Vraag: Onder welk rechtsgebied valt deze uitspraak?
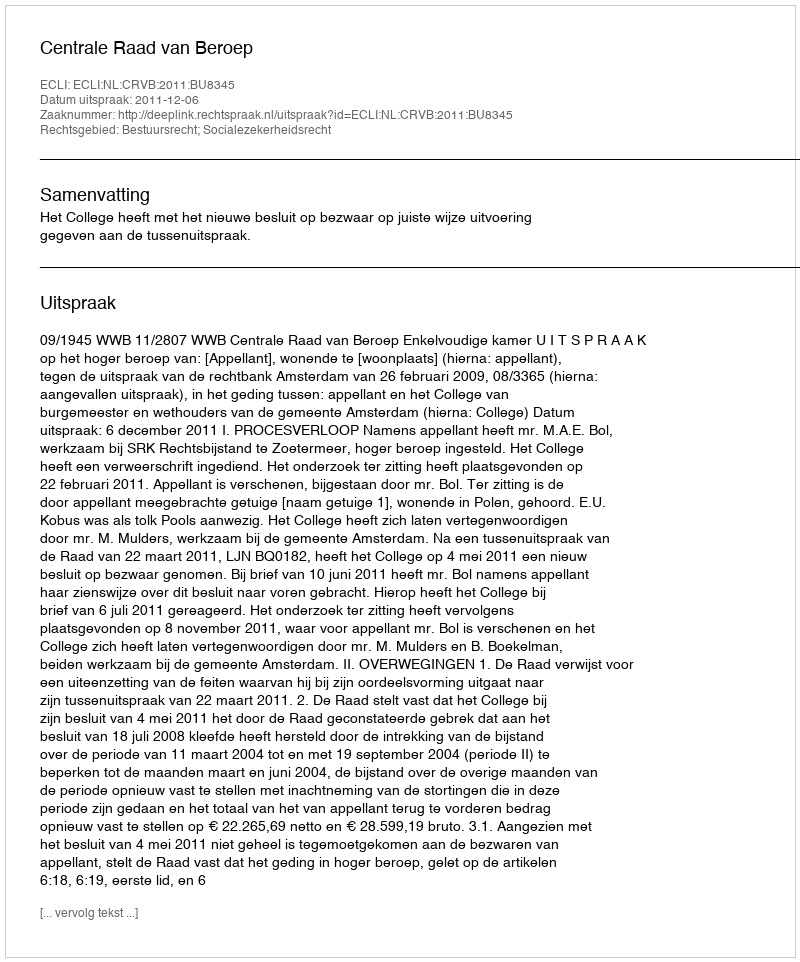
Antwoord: Bestuursrecht; Socialezekerheidsrecht